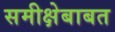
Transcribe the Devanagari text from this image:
समीक्षेबाबत